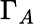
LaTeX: \Gamma_{A}